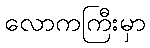
လောကကြီးမှာ